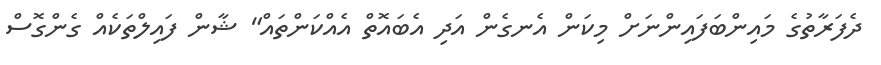
ދެފަރާތުގެ މައިންބަފައިންނަށް މިކަން އެނގެން އަދި އެބައޮތް އެއްކަންތައް" ޝާން ފައިލްތަކެއް ގެންގޮސް